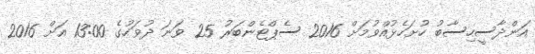
އަންދާސީހިސާބު ހުށަހެޅުއްވުމަށް 2016 ސެޕްޓެންބަރު 25 ވަނަ ދުވަހުގެ 13:00 އަށް 2016